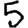
Digit: 5